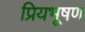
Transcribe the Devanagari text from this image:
प्रियभूषण